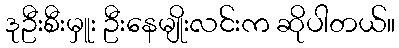
ဒုဦးစီးမှူး ဦးနေမျိုးလင်းက ဆိုပါတယ်။